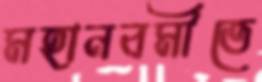
মহানবমীতে